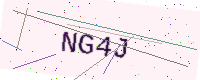
Text: NG4J